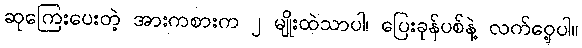
ဆုကြေးပေးတဲ့ အားကစားက ၂ မျိုးထဲသာပါ၊ ပြေးခုန်ပစ်နဲ့ လက်ဝှေ့ပါ။